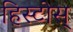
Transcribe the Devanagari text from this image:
हिस्टोस्‌